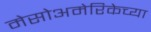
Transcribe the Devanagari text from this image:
मेसोअमेरिकेच्या